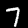
Digit: 7